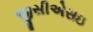
જીસીએસઇ